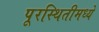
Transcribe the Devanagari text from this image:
पूरस्थितीमध्ये